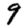
Digit: 9